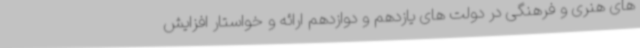
های هنری و فرهنگی در دولت های یازدهم و دوازدهم ارائه و خواستار افزایش